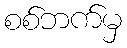
စစ်ဘက်မှ